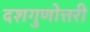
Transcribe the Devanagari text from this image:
दशगुणोत्तरी